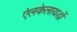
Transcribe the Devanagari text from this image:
ऐलकेलायडों